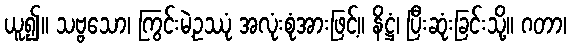
ယူ၍။ သဗ္ဗသော၊ ကြွင်းမဲ့ဥဿုံ အလုံးစုံအားဖြင့်။ နိဋ္ဌံ၊ ပြီးဆုံးခြင်းသို့။ ဂတာ၊